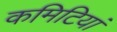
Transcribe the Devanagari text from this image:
कमिटियां